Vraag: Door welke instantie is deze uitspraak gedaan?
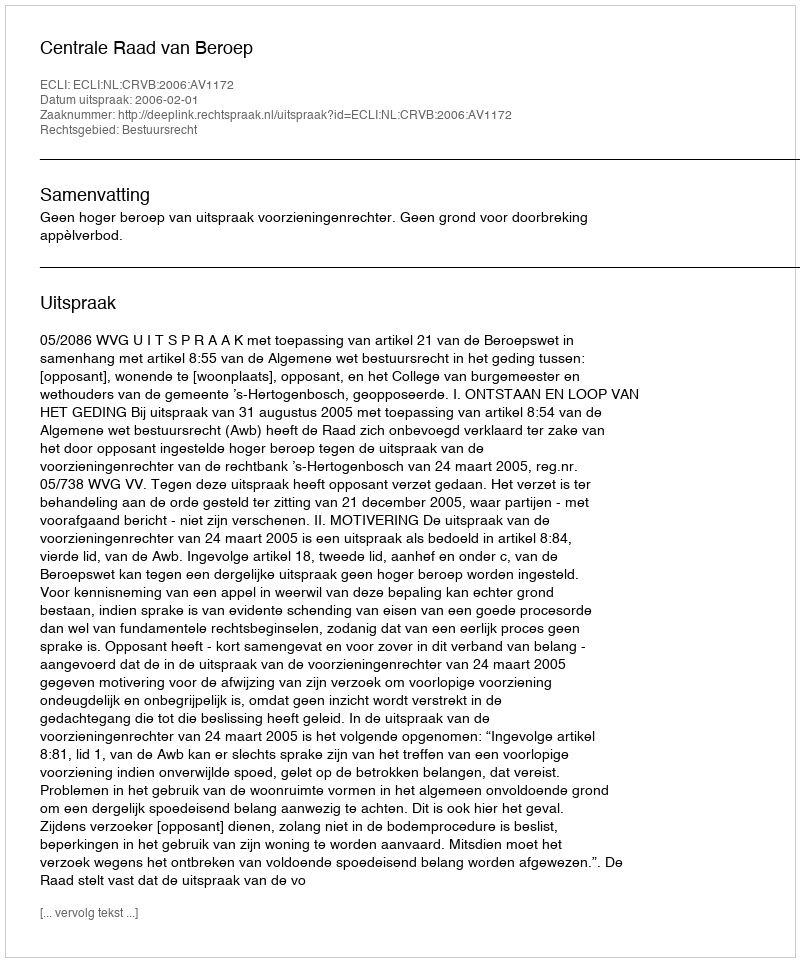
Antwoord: Centrale Raad van Beroep